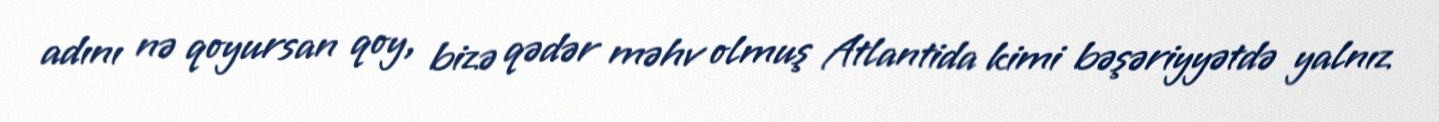
adını nə qoyursan qoy, bizə qədər məhv olmuş Atlantida kimi bəşəriyyətdə yalnız